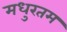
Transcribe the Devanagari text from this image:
मधुरतम